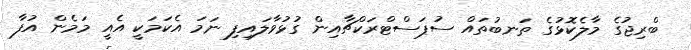
ބްރިޖުގެ މާލެކޮޅުގެ ތަނބުތައް ސުޕަސްޓްރަކްޗާއިން ގުޅުވާލައިފި ނަމަ އެކަމަކީ އެއީ މަމެން އުފާ